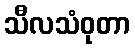
သီလသံဝုတာ